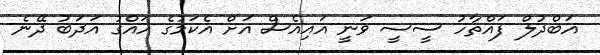
އަބްދުލް ފައްތާހު ސީސީ ވަނީ އައިއެސް އަށް އެކަމުގެ ހައްގު އަދަބު ދޭނެ